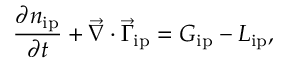
\frac { \partial { n _ { \mathrm { i p } } } } { \partial { t } } + \vec { \nabla } \cdot \vec { \Gamma } _ { \mathrm { i p } } = G _ { \mathrm { i p } } - L _ { \mathrm { i p } } ,